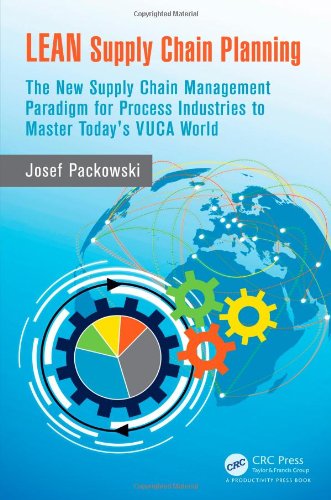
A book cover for LEAN Supply Chain Planning: The New Supply Chain Management Paradigm for Process Industries to Master Today's VUCA World; Josef Packowski; Business & Money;